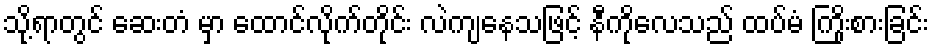
သို့ရာတွင် ဆေးတံ မှာ ထောင်လိုက်တိုင်း လဲကျနေသဖြင့် နီကိုလေသည် ထပ်မံ ကြိုးစားခြင်း